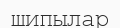
шипылар